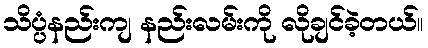
သိပ္ပံနည်းကျ နည်းလမ်းကို လိုချင်ခဲ့တယ်။